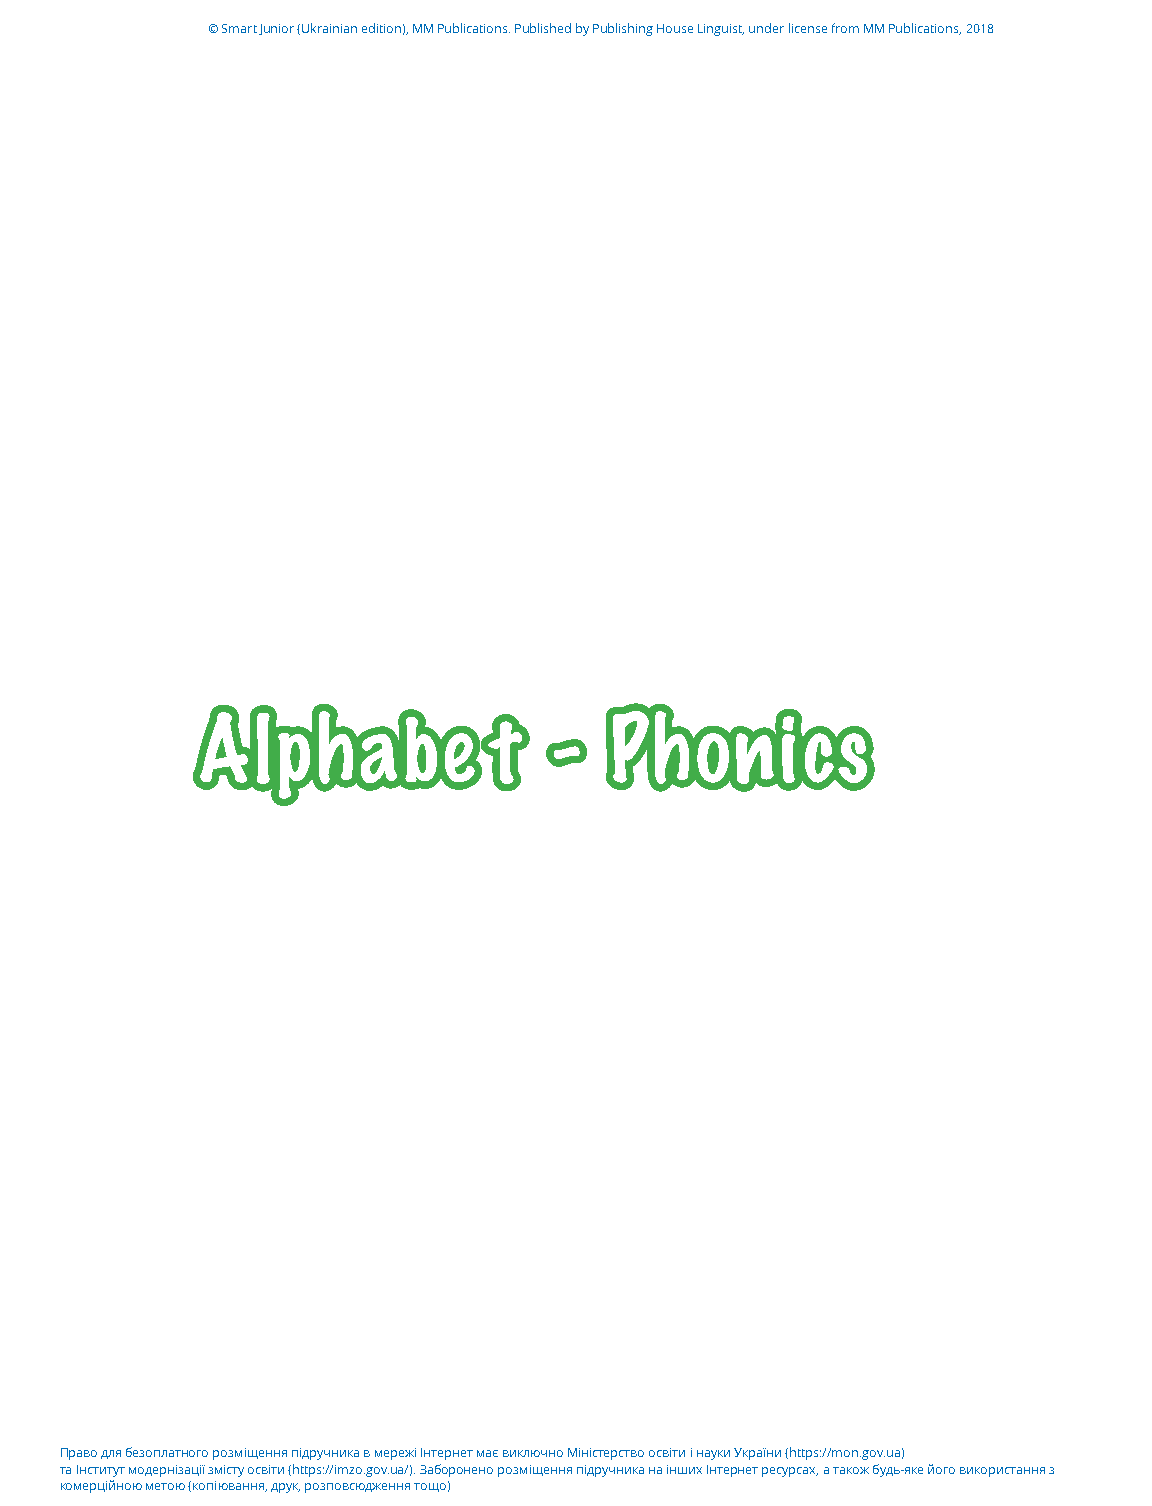
© Smart Junior (Ukrainian edition), MM Publications. Published by Publishing House Linguist, under license from MM Publications, 2018
 Alphabe            t   -   Phonics
 Право для безоплатного розміщення підручника в мережі Інтернет має виключно Міністерство освіти і науки України (https://mon.gov.ua)
 та Інститут модернізації змісту освіти (https://imzo.gov.ua/). Заборонено розміщення підручника на інших Інтернет ресурсах, а також будь-яке його використання з
 комерційною метою (копіювання, друк, розповсюдження тощо)